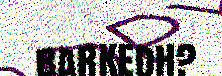
barkedh?